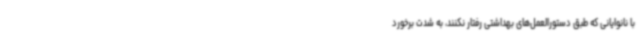
با نانوایانی که طبق دستورالعمل‌های بهداشتی رفتار نکنند، به شدت برخورد